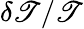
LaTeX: \delta\mathscr{T}/\mathscr{T}